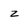
Character: z